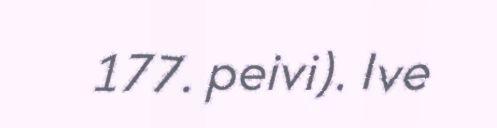
177. peivi). Ive